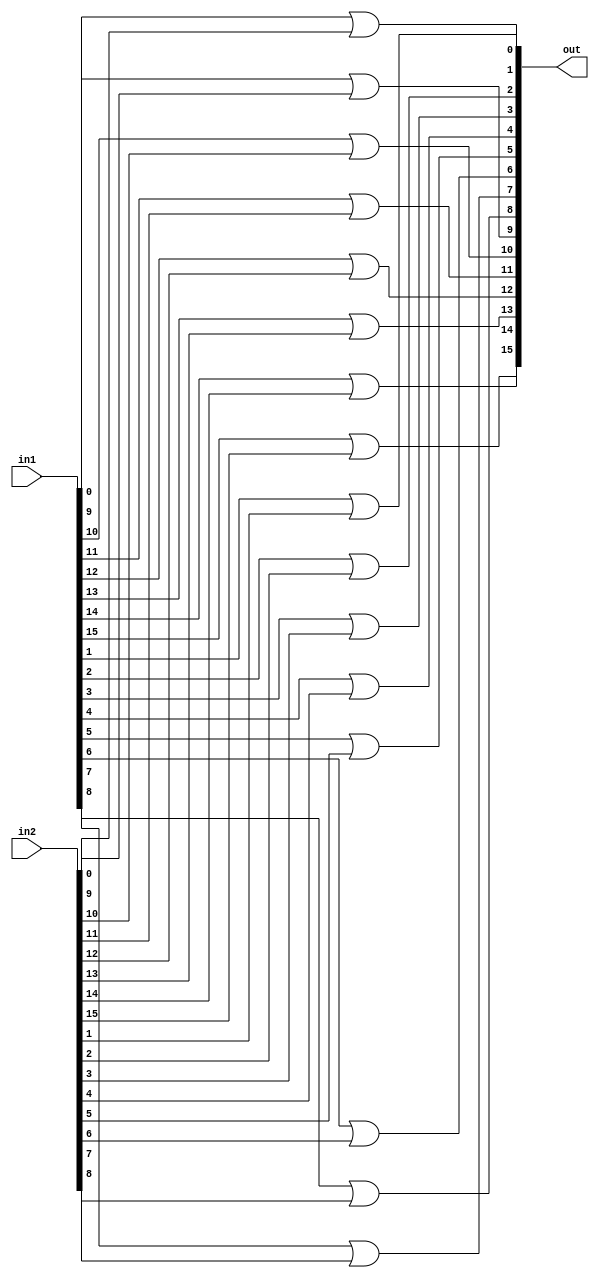
/* mdulo Or16 */

`ifndef _Or16_
`define _Or16_

module Or16(out, in1, in2);
    input [15:0] in1, in2;
    output [15:0] out;

    genvar i;
    generate
        for (i = 0; i < 16; i = i + 1) begin
            or(out[i], in1[i], in2[i]);
        end
    endgenerate
endmodule

`endif